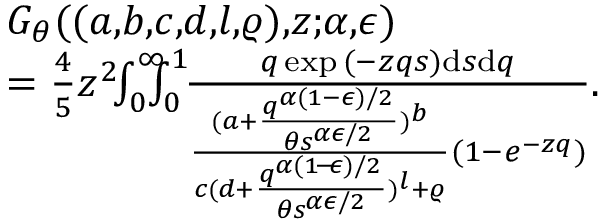
\begin{array} { r l } & { G _ { \theta } ( ( a , \! b , \! c , \! d , \! l , \! \varrho ) , \! z ; \! \alpha , \! \epsilon ) } \\ & { = \frac { 4 } { 5 } z ^ { 2 } \! \! \int _ { 0 } ^ { \infty } \! \! \! \! \int _ { 0 } ^ { 1 } \! \! \frac { q \exp { ( - z q s ) } \mathrm { d } s \mathrm { d } q } { \frac { ( a + \frac { q ^ { \alpha ( 1 - \epsilon ) / 2 } } { \theta s ^ { \alpha \epsilon / 2 } } ) ^ { b } } { c ( d + \frac { q ^ { \alpha ( 1 \! - \! \epsilon ) / 2 } } { \theta s ^ { \alpha \epsilon / 2 } } ) ^ { l } + \varrho } ( 1 - e ^ { - z q } ) } . } \end{array}